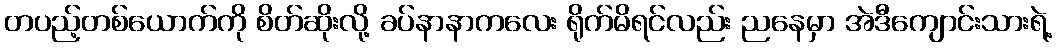
တပည့်တစ်ယောက်ကို စိတ်ဆိုးလို့ ခပ်နာနာကလေး ရိုက်မိရင်လည်း ညနေမှာ အဲဒီကျောင်းသားရဲ့